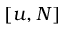
[ u , N ]